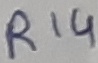
Text: R14